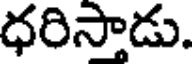
ధరిసాడు.